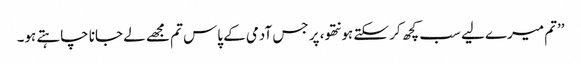
’’تم میرے لیے سب کچھ کر سکتے ہو نتھو، پر جس آدمی کے پاس تم مجھے لے جانا چاہتے ہو۔